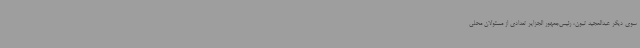
سوی دیگر عبدالمجید تبون، رئیس‌جمهور الجزایر تعدادی از مسئولان محلی